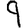
Digit: 9